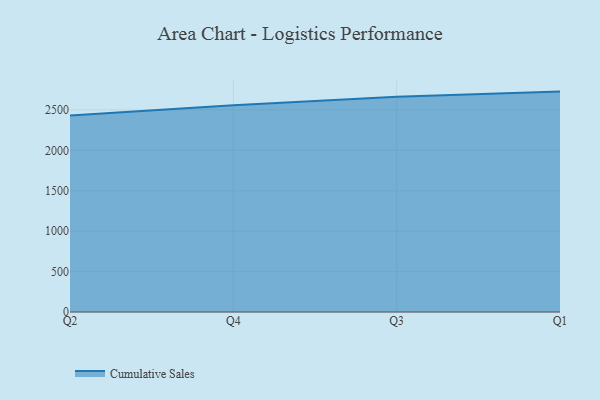
{"axis": {"x": "Quarter", "y": "Operating Costs (USD K)"}, "legend": ["Cumulative Sales"], "data": [{"x": "Q2", "y": 2432.4, "type": "Cumulative Sales"}, {"x": "Q4", "y": 2557.4, "type": "Cumulative Sales"}, {"x": "Q3", "y": 2663.3, "type": "Cumulative Sales"}, {"x": "Q1", "y": 2726.7, "type": "Cumulative Sales"}]}